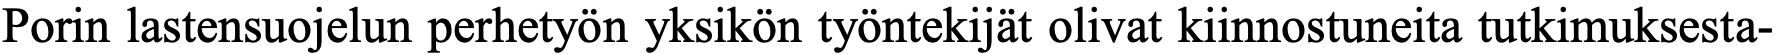
Porin lastensuojelun perhetyön yksikön työntekijät olivat kiinnostuneita tutkimuksesta-